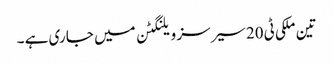
تین ملکی ٹی 20سیرسز ویلنگٹن میں جا ری ہے ۔